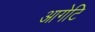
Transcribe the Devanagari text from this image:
आगेटि